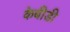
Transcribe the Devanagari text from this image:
केबीडी